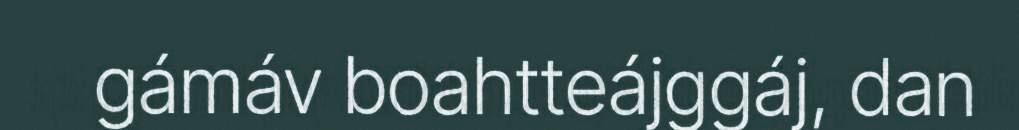
gámáv boahtteájggáj, dan